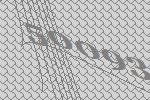
50093